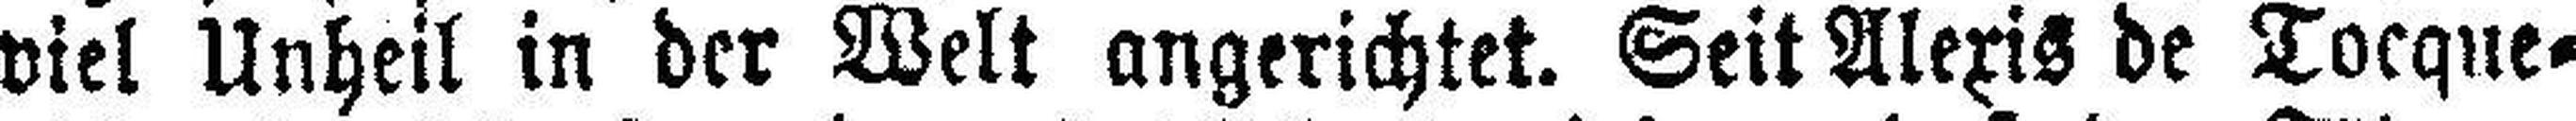
viel Unheil in der Welt angerichtet. Seit Alexis de Tocque¬